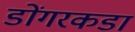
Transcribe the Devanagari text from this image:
डोंगरकडा